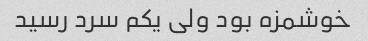
خوشمزه بود ولی یکم سرد رسید